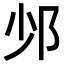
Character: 𨙹